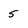
Character: 5